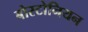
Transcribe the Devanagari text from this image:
बोस्टोनियन